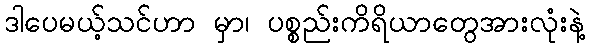
ဒါပေမယ့်သင်ဟာ မှာ၊ ပစ္စည်းကိရိယာတွေအားလုံးနဲ့